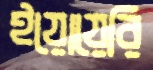
ইয়োয়েরি